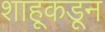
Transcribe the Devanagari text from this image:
शाहूकडून